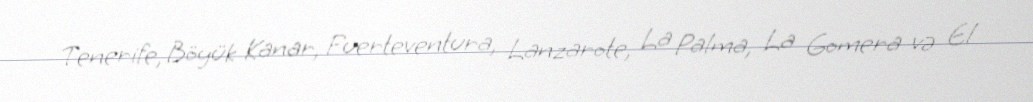
Tenerife, Böyük Kanar, Fuerteventura, Lanzarote, La Palma, La Gomera və El